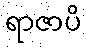
ရာဇာပိ